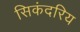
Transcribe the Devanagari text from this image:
सिकंदरिय